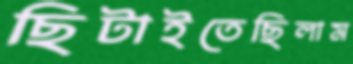
ছিটাইতেছিলাম